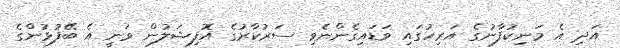
އަދި އެ މަނިކުފާނުގެ އަރިހުގައި ވަޑައިގެންނެވި ސަރުކާރުގެ އޮފިޝަލުން ވަނީ އެ ބޭފުޅުންގެ